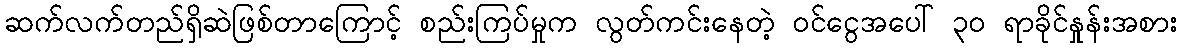
ဆက်လက်တည်ရှိဆဲဖြစ်တာကြောင့် စည်းကြပ်မှုက လွတ်ကင်းနေတဲ့ ဝင်ငွေအပေါ် ၃၀ ရာခိုင်နှုန်းအစား